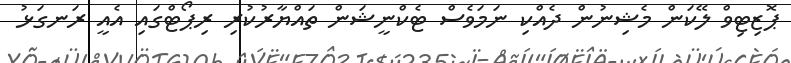
ޕޮޒިޓިވް ލޭކަން މެޝިނުން ދެއްކި ނަމަވެސް ޓެކްނީޝަން ތައްޔާރުކުރި ރިޕޯޓްގައި އެއީ ރަނގަޅު